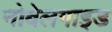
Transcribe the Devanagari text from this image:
नोबेलगाइड